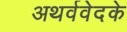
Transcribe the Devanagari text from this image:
अथर्ववेदके